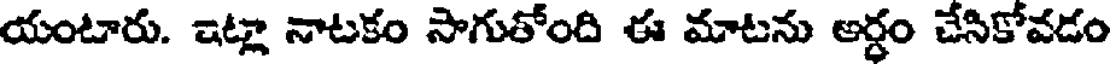
యంటారు. ఇట్లా నాటకం సాగుతోంది ఈ మాటను అర్ధం చేసికోవడం